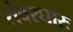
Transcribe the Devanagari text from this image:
तंवरघारः